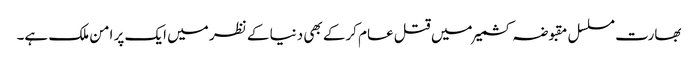
بھارت مسلسل مقبوضہ کشمیر میں قتل عام کرکے بھی دنیا کے نظر میں ایک پر امن ملک ہے۔